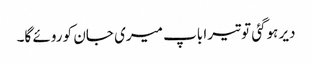
دیر ہوگئی تو تیرا باپ میری جان کو روئے گا۔